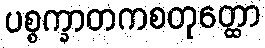
ပစ္စက္ခာတကစတုတ္ထော